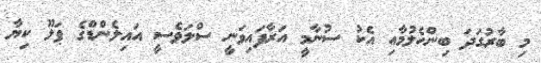
މި ބާރުގަދަ ބިންހެލުމާއި އެކު ސުނާމީ އަރާފައިވަނީ ސްލަވެސީ އައިލެންޑްގެ ޕަލޫ ކިޔާ